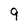
Character: 9